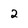
Character: 2